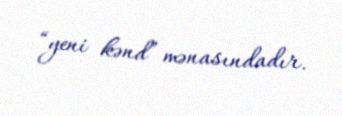
“yeni kənd” mənasındadır.